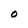
Character: O